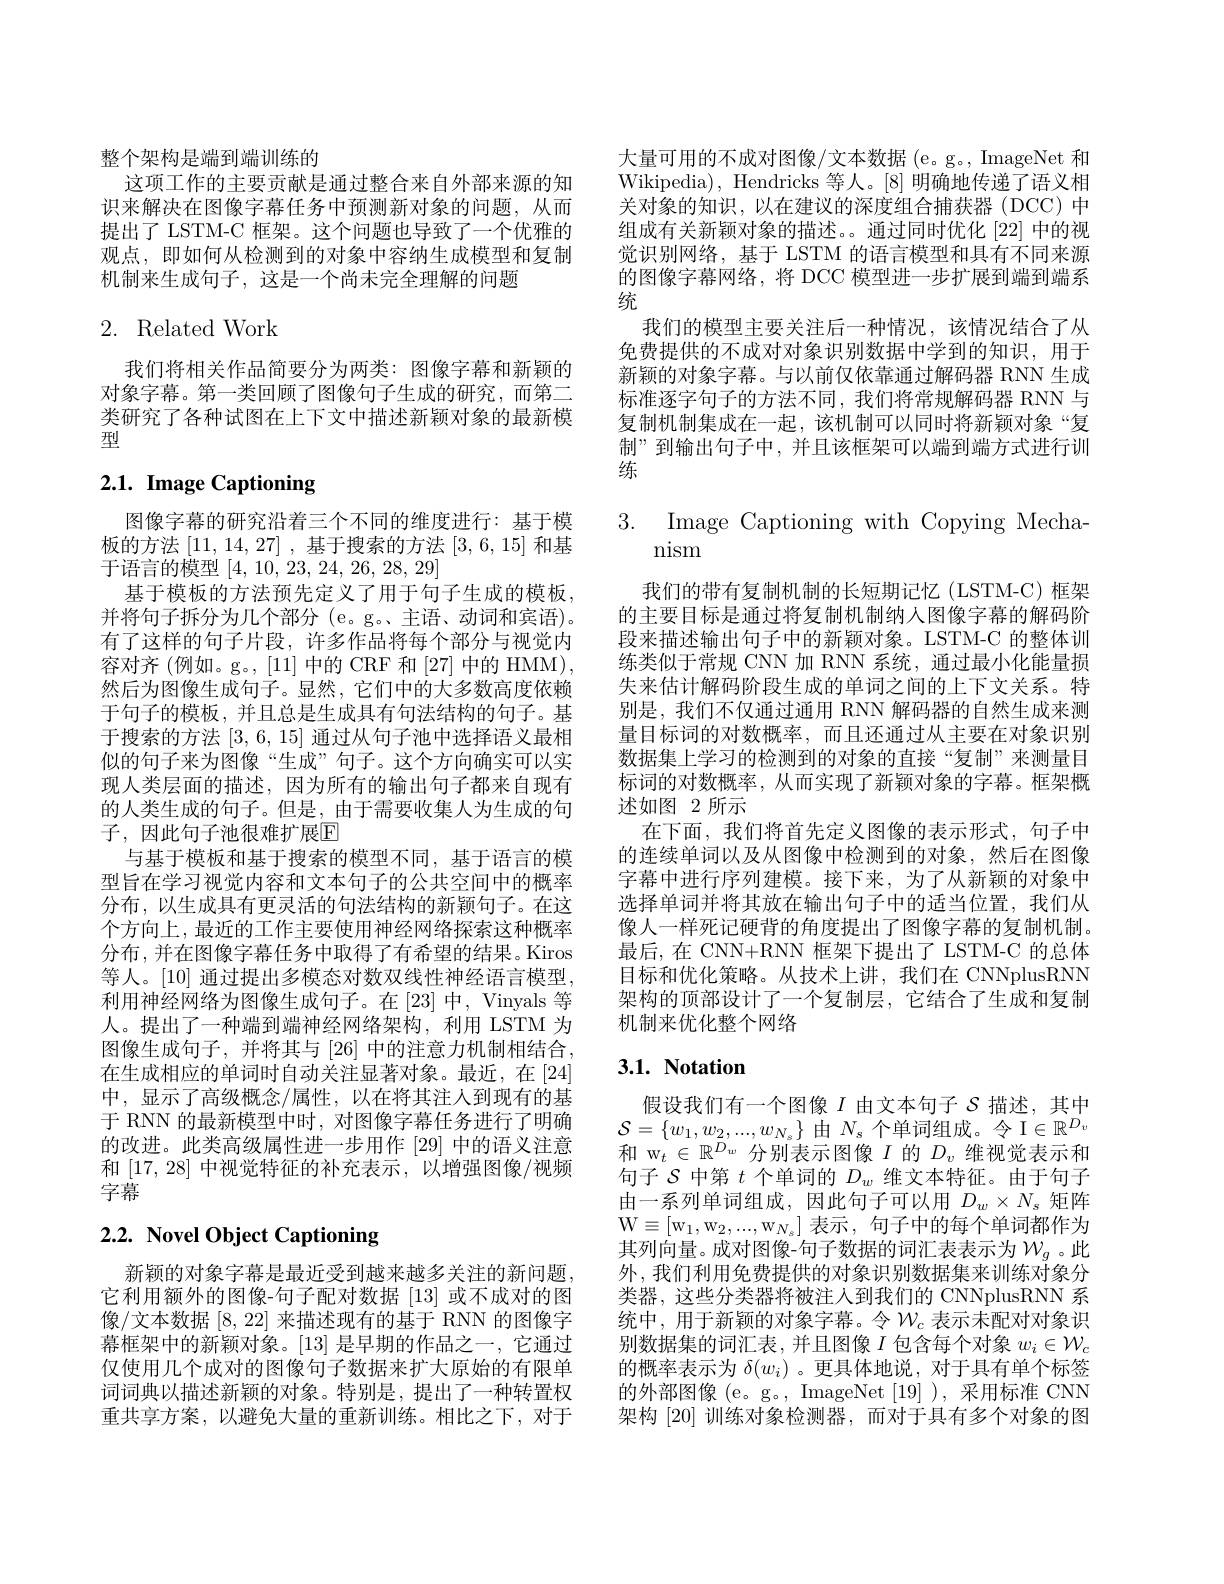
整个架构是端到端训练的
这项工作的主要贡献是通过整合来自外部来源的知识来解决在图像字幕任务中预测新对象的问题，从而提出了 LSTM-C 框架。这个问题也导致了一个优雅的观点，即如何从检测到的对象中容纳生成模型和复制机制来生成句子，这是一个尚未完全理解的问题

## 2. Related Work

我们将相关作品简要分为两类：图像字幕和新颖的对象字幕。第一类回顾了图像句子生成的研究，而第二类研究了各种试图在上下文中描述新颖对象的最新模型

# $2. 1. \textbf{Image Captioning}$

图像字幕的研究沿着三个不同的维度进行：基于模板的方法[11,14,27] ,基于搜索的方法[3,6,15]和基于语言的模型[4,10,23,24,26,28,29]
基于模板的方法预先定义了用于句子生成的模板， 并将句子拆分为几个部分(e。g。、主语、动词和宾语)。有了这样的句子片段，许多作品将每个部分与视觉内容对齐 (例如。g。, [11] 中的 CRF 和 [27] 中的 HMM), 然后为图像生成句子。显然，它们中的大多数高度依赖于句子的模板，并且总是生成具有句法结构的句子。基于搜索的方法[3,6,15]通过从句子池中选择语义最相似的句子来为图像“生成”句子。这个方向确实可以实现人类层面的描述，因为所有的输出句子都来自现有的人类生成的句子。但是，由于需要收集人为生成的句子，因此句子池很难扩展$\mathbb{E}$
与基于模板和基于搜索的模型不同，基于语言的模型旨在学习视觉内容和文本句子的公共空间中的概率分布，以生成具有更灵活的句法结构的新颖句子。在这个方向上，最近的工作主要使用神经网络探索这种概率分布，并在图像字幕任务中取得了有希望的结果。Kiros 等人。[10] 通过提出多模态对数双线性神经语言模型， 利用神经网络为图像生成句子。在[23]中，Vinyals 等人。提出了一种端到端神经网络架构，利用 LSTM 为图像生成句子，并将其与[26]中的注意力机制相结合， 在生成相应的单词时自动关注显著对象。最近，在[24] 中，显示了高级概念/属性，以在将其注人到现有的基于 RNN 的最新模型中时，对图像字幕任务进行了明确的改进。此类高级属性进一步用作[29]中的语义注意和[17,28]中视觉特征的补充表示，以增强图像/视频字幕

# $2. 2. \textbf{ Novel Object Captioning}$

新颖的对象字幕是最近受到越来越多关注的新问题， 它利用额外的图像-句子配对数据[13]或不成对的图像/文本数据[8,22]来描述现有的基于 RNN 的图像字幕框架中的新颖对象。[13]是早期的作品之一，它通过仅使用几个成对的图像句子数据来扩大原始的有限单词词典以描述新颖的对象。特别是，提出了一种转置权重共享方案，以避免大量的重新训练。相比之下，对于

大量可用的不成对图像/文本数据 (e。g。, ImageNet 和Wikipedia), Hendricks 等人。[8] 明确地传递了语义相关对象的知识，以在建议的深度组合捕获器(DCC)中组成有关新颖对象的描述。通过同时优化 [22] 中的视觉识别网络，基于 LSTM 的语言模型和具有不同来源的图像字幕网络，将 DCC 模型进一步扩展到端到端系统
我们的模型主要关注后一种情况，该情况结合了从免费提供的不成对对象识别数据中学到的知识，用于新颖的对象字幕。与以前仅依靠通过解码器 RNN 生成标准逐字句子的方法不同，我们将常规解码器 RNN 与复制机制集成在一起，该机制可以同时将新颖对象“复制”到输出句子中，并且该框架可以端到端方式进行训练

3. Image Captioning with Copying Mecha-
# nism

我们的带有复制机制的长短期记忆(LSTM-C)框架的主要目标是通过将复制机制纳人图像字幕的解码阶段来描述输出句子中的新颖对象。LSTM-C 的整体训练类似于常规 CNN 加 RNN 系统，通过最小化能量损失来估计解码阶段生成的单词之间的上下文关系。特别是，我们不仅通过通用 RNN 解码器的自然生成来测量目标词的对数概率，而且还通过从主要在对象识别数据集上学习的检测到的对象的直接“复制”来测量目标词的对数概率，从而实现了新颖对象的字幕。框架概述如图 2 所示
在下面，我们将首先定义图像的表示形式，句子中的连续单词以及从图像中检测到的对象，然后在图像字幕中进行序列建模。接下来，为了从新颖的对象中选择单词并将其放在输出句子中的适当位置，我们从像人一样死记硬背的角度提出了图像字幕的复制机制。最后，在 CNN+RNN 框架下提出了 LSTM-C 的总体目标和优化策略。从技术上讲，我们在 CNNplusRNN 架构的顶部设计了一个复制层，它结合了生成和复制机制来优化整个网络

## $3. 1. \textbf{ Notation}$

假设我们有一个图像$I$由文本句子$\mathcal{S}$描述，其中$\mathcal{S}=\{w_{1},w_{2},...,w_{N_{s}}\}$由$N_s$个单词组成。令 I$\in\mathbb{R}^D_v$ 和$\mathrm{w}_t\in\mathbb{R}^{D_w}$分别表示图像$I$的$D_v$维视觉表示和句子$\mathcal{S}$中第$t$个单词的$D_w$维文本特征。由于句子由一系列单词组成，因此句子可以用$D_w\times N_s$矩阵W$\equiv$[ $w_1$, $w_2$, . . . , $w_{N_s}$] 表示，句子中的每个单词都作为其列向量。成对图像-句子数据的词汇表表示为$W_g$ 。此外，我们利用免费提供的对象识别数据集来训练对象分类器，这些分类器将被注人到我们的 CNNplusRNN 系统中，用于新颖的对象字幕。令$\mathcal{W}_c$ 表示未配对对象识别数据集的词汇表，并且图像$I$包含每个对象$w_i\in\mathcal{W}_c$ 的概率表示为$\delta(w_i)$ 。更具体地说，对于具有单个标签的外部图像(e。g。, ImageNet[19] ), 采用标准 CNN 架构 [20] 训练对象检测器，而对于具有多个对象的图